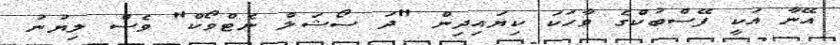
އޭނާ އަކީ ފޭސްބުކްގެ ވާހަކަ ކިޔައިދިން "ދަ ސޯޝަލް ނެޓްވޯކް" ވެސް ލިޔުނު